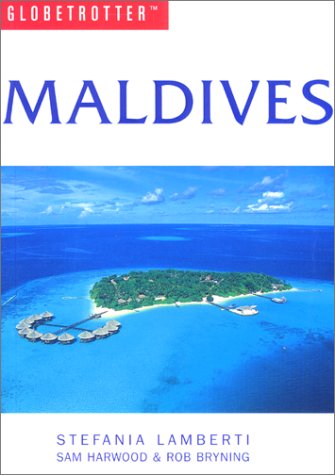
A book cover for Maldives Travel Guide (Globetrotter Guides); Globetrotter; Travel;